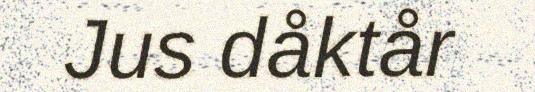
Jus dåktår